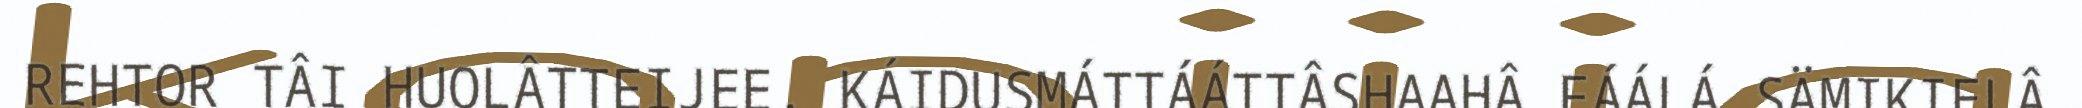
REHTOR TÂI HUOLÂTTEIJEE. KÁIDUSMÁTTÁÁTTÂSHAAHÂ FÁÁLÁ SÄMIKIELÂ